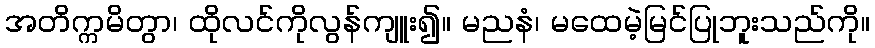
အတိက္ကမိတွာ၊ ထိုလင်ကိုလွန်ကျူး၍။ မညနံ၊ မထေမဲ့မြင်ပြုဘူးသည်ကို။